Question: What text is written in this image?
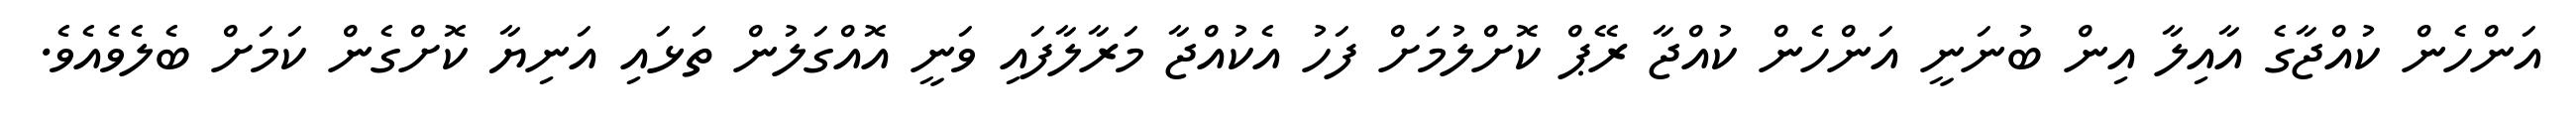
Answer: އަންހެން ކުއްޖާގެ އާއިލާ އިން ބުނަނީ އަންހެން ކުއްޖާ ރޭޕް ކޮށްލުމަށް ފަހު އެކުއްޖާ މަރާލާފައި ވަނީ އޮއްގަލުން ތަޅައި އަނިޔާ ކޮށްގެން ކަމަށް ބެލެވެއެވެ.